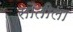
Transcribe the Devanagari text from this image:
सौतीला